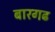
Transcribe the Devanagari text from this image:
बारगढ